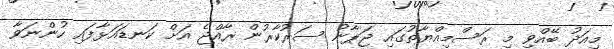
މިއަދު ބޭއްވި މި ރަސްމިއްޔާތުގައި ޖަޕާނު ސަރުކާރުން ރާއްޖެ އަށް ކަނޑައަޅާފައި ހުންނަވާ